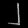
Digit: ၂